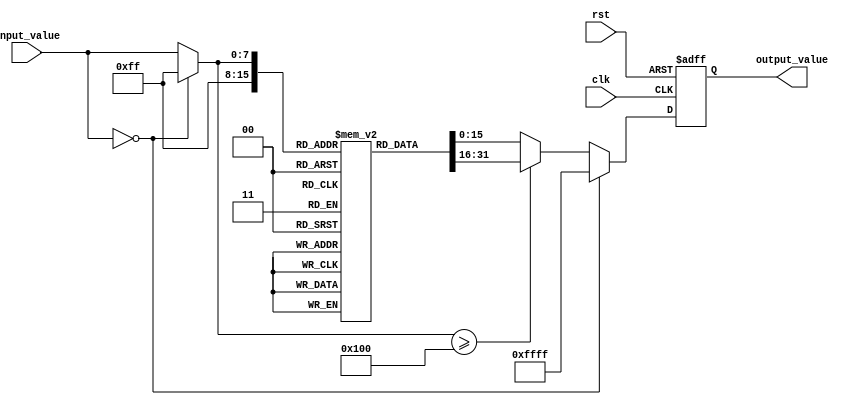
module lut_reciprocal #(
    parameter INPUT_WIDTH = 8,       // Width of the input value
    parameter LUT_SIZE = 256,         // Size of the LUT (must be a power of 2)
    parameter OUTPUT_WIDTH = 16        // Width of the output reciprocal value
)(
    input  wire [INPUT_WIDTH-1:0]  input_value, // Input value for which the reciprocal is calculated
    output reg  [OUTPUT_WIDTH-1:0] output_value, // Output reciprocal value
    input  wire clk,                 // Clock signal
    input  wire rst                  // Reset signal
);

    // LUT Declaration
    reg [OUTPUT_WIDTH-1:0] lut [0:LUT_SIZE-1];

    // Normalization and Index Generation
    wire [7:0] index; // Assuming we use 8 bits for indexing the LUT
    wire [INPUT_WIDTH-1:0] normalized_value;

    // Initialize the LUT with precomputed reciprocal values
    initial begin
        // Populate the LUT with reciprocal values
        // Example: lut[0] = 16'hFFFF; // Reciprocal of 0 (handle separately)
        // lut[1] = 16'h8000; // Reciprocal of 1
        // ...
        // lut[255] = 16'h0001; // Reciprocal of 255
        // Fill in the rest of the LUT with appropriate values
    end

    // Normalize input value to fit LUT index
    assign normalized_value = (input_value == 0) ? 8'hFF : input_value; // Handle division by zero
    assign index = normalized_value >> (INPUT_WIDTH - 8); // Adjust scaling based on input width

    // Output Logic
    always @(posedge clk or posedge rst) begin
        if (rst) begin
            output_value <= 0;
        end else begin
            if (input_value == 0) begin
                output_value <= 16'hFFFF; // Return a predefined value for zero input
            end else if (index >= LUT_SIZE) begin
                output_value <= lut[LUT_SIZE-1]; // Clamp to max LUT value
            end else begin
                output_value <= lut[index]; // Read from LUT
            end
        end
    end

endmodule